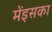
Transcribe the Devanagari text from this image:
मेंइसका